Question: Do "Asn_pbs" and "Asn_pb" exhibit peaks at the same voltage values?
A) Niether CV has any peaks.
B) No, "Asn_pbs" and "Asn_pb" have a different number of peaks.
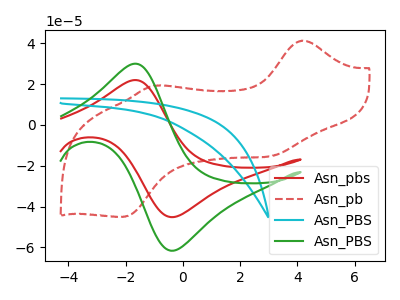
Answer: <think>The red curve "Asn_pbs" has an anodic peak at (-1.65V, 21.95uA) and a cathodic peak at (-0.30V, -45.10uA). The red dashed curve "Asn_pb" has anodic peaks at (4.15V, 41.25uA) (-0.95V, 19.20uA) and cathodic peaks at (3.05V, -15.30uA) (-2.10V, -45.00uA). The cyan curve "Asn_PBS" has no peaks. The green curve "Asn_PBS" has an anodic peak at (-1.65V, 29.95uA) and a cathodic peak at (-0.30V, -61.50uA).</think>
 <answer>B) No, "Asn_pbs" and "Asn_pb" have a different number of peaks.</answer>
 <eval>B</eval>